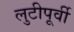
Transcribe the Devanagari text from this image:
लुटीपूर्वी